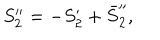
LaTeX: S _ { 2 } ^ { \prime \prime } = - S _ { 2 } ^ { \prime } + \bar { S } _ { 2 } ^ { \prime \prime } ,